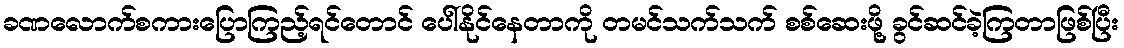
ခဏလောက်စကားပြောကြည့်ရင်တောင် ပေါ်နိုင်နေတာကို တမင်သက်သက် စစ်ဆေးဖို့ ခွင်ဆင်ခဲ့ကြတာဖြစ်ပြီး